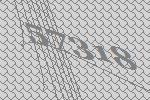
57318